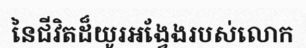
នៃជីវិតដ៏យូរអង្វែងរបស់លោក